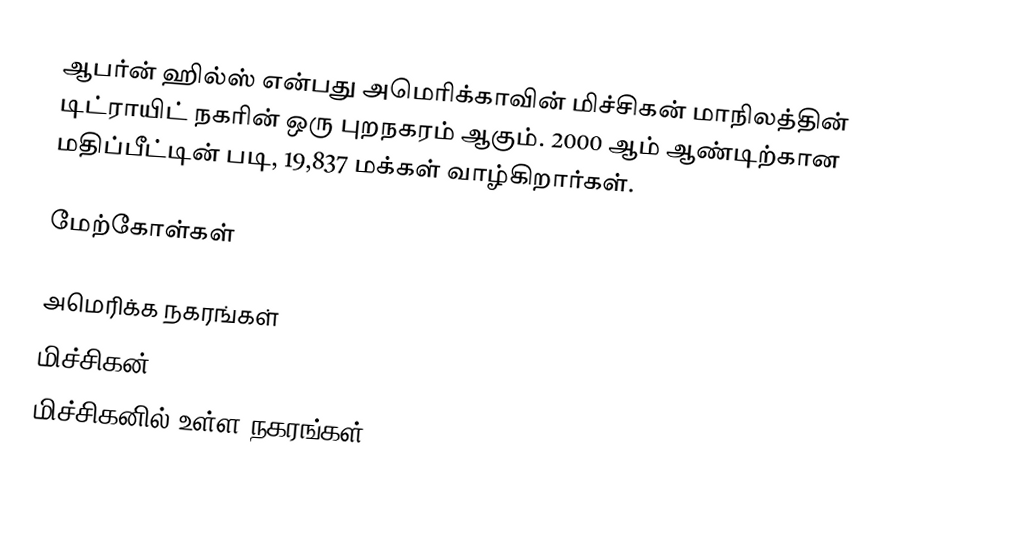
ஆபர்ன் ஹில்ஸ் என்பது அமெரிக்காவின் மிச்சிகன் மாநிலத்தின் டிட்ராயிட் நகரின் ஒரு புறநகரம் ஆகும். 2000 ஆம் ஆண்டிற்கான மதிப்பீட்டின் படி, 19,837 மக்கள் வாழ்கிறார்கள்.

மேற்கோள்கள்

அமெரிக்க நகரங்கள்
மிச்சிகன்
மிச்சிகனில் உள்ள நகரங்கள்